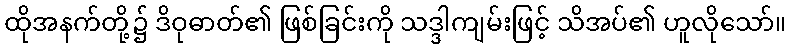
ထိုအနက်တို့၌ ဒိဝုဓာတ်၏ ဖြစ်ခြင်းကို သဒ္ဒါကျမ်းဖြင့် သိအပ်၏ ဟူလိုသော်။